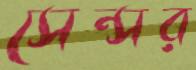
সেন্সর